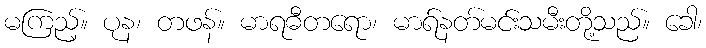
မကြည့်။ ပုန၊ တဖန်။ မာရဓီတရော၊ မာရ်နတ်မင်းသမီးတို့သည်။ ခေါ၊